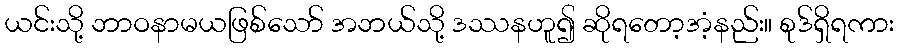
ယင်းသို့ ဘာဝနာမယဖြစ်သော် အဘယ်သို့ ဒဿနဟူ၍ ဆိုရတော့အံ့နည်း။ စုဒ်ရှိရကား